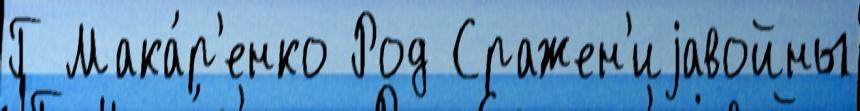
Г Мака́р'енко Род Сражен'иjавойны